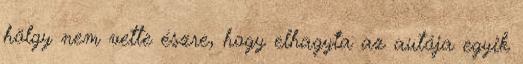
hölgy nem vette észre, hogy elhagyta az autója egyik